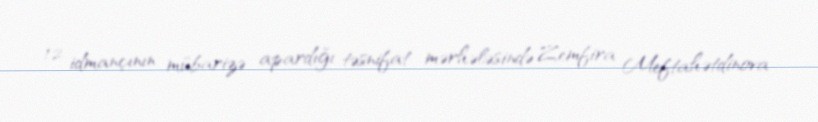
12 idmançının mübarizə apardığı təsnifat mərhələsində Zemfira Meftahətdinova